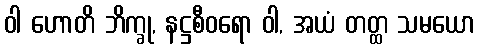
ဝါ ဟောတိ ဘိက္ခု, နဋ္ဌစီဝရော ဝါ, အယံ တတ္ထ သမယော